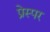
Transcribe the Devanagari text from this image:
प्रेस्पर